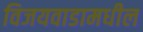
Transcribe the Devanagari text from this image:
विजयवाडामधील